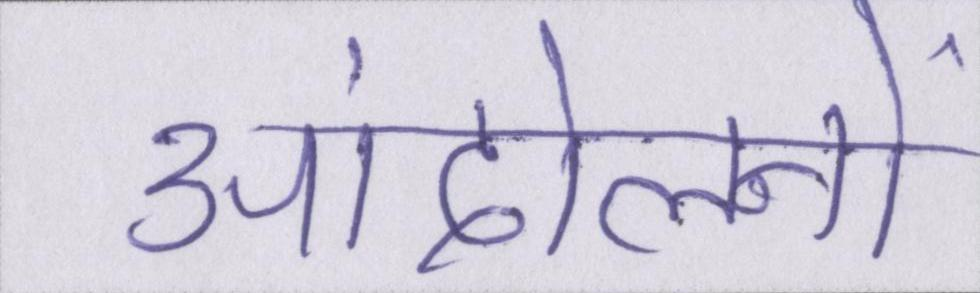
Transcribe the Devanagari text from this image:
आंदोलनों